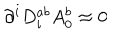
LaTeX: \partial ^ { i } D _ { i } ^ { a b } A _ { 0 } ^ { b } \approx 0